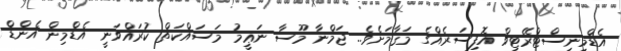
އެޑްމިނިސްޓްރޭޓިވް އޮފިސަރެއްގެ މަޤާމަށެވެ.. ޖަމްނާ މޫސާ ނަޢީމު މަސައްކަތް ކުރައްވަނީ އެޑްމިން އެންޑް